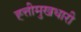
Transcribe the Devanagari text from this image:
ह्त्तीमुखधारी